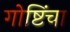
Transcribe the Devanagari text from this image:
गोष्टिंचा